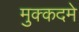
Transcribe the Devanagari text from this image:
मुक्कदमे